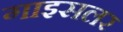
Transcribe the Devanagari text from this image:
गाइसलर